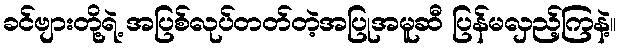
ခင်ဗျားတို့ရဲ့ အပြစ်လုပ်တတ်တဲ့အပြုအမူဆီ ပြန်မလှည့်ကြနဲ့။